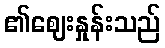
၏ဈေးနှုန်းသည်